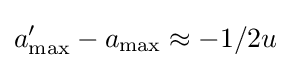
a_{\max }^{\prime }-a_{\max }\approx -1/2u